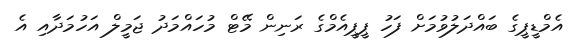
އެމްޑީޕީގެ ބައްދަލުވުމަށް ފަހު ޕީޕީއެމްގެ ރަނިން މޭޓް މުހައްމަދު ޖަމީލް އަހުމަދާއި އެ